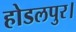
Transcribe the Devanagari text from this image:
होडलपुर।